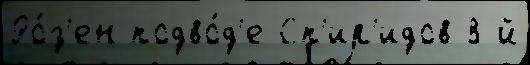
Ро́з'ен подво́д'е Сп'ир'идов 8-й